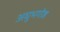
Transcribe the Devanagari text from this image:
अघुभगोष्ठ